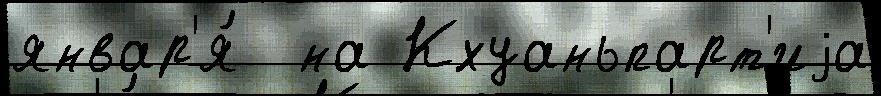
январ'я́  на Кхуаньпарт'иjа